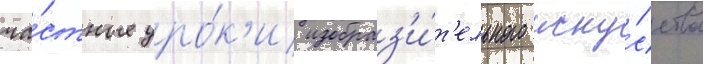
ча́стные уро́к'и изобраз'и́т'ельного иску́сства